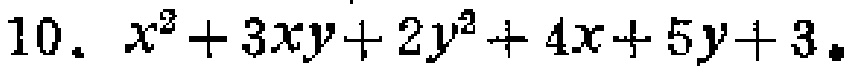
$10.\ x^{2}+3xy + 2y^{2}+4x + 5y + 3.$